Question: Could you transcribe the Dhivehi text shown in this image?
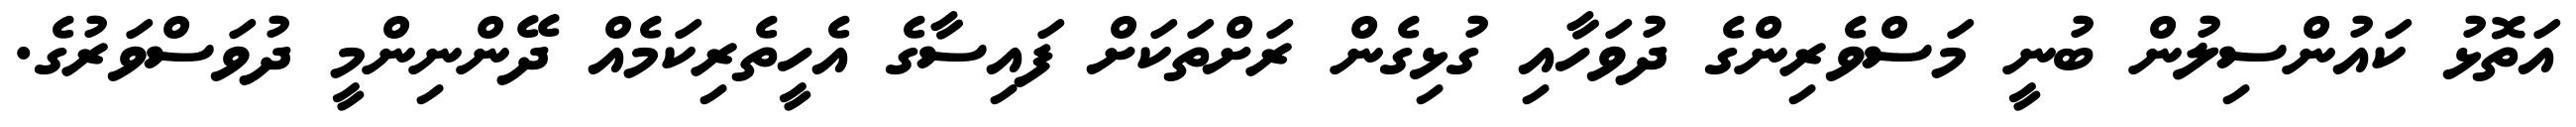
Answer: އަތޮޅު ކައުންސިލުން ބުނީ މަސްވެރިންގެ ދުވަހާއި ގުޅިގެން ރަށްތަކަށް ފައިސާގެ އެހީތެރިކަމެއް ދޭންނިންމީ ދުވަސްވަރުގެ.